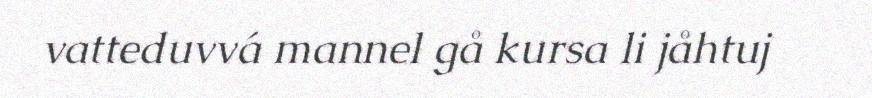
vatteduvvá mannel gå kursa li jåhtuj